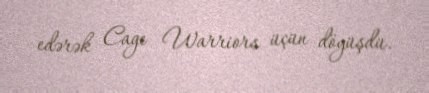
edərək Cage Warriors üçün döyüşdü.